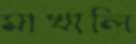
মাখালি